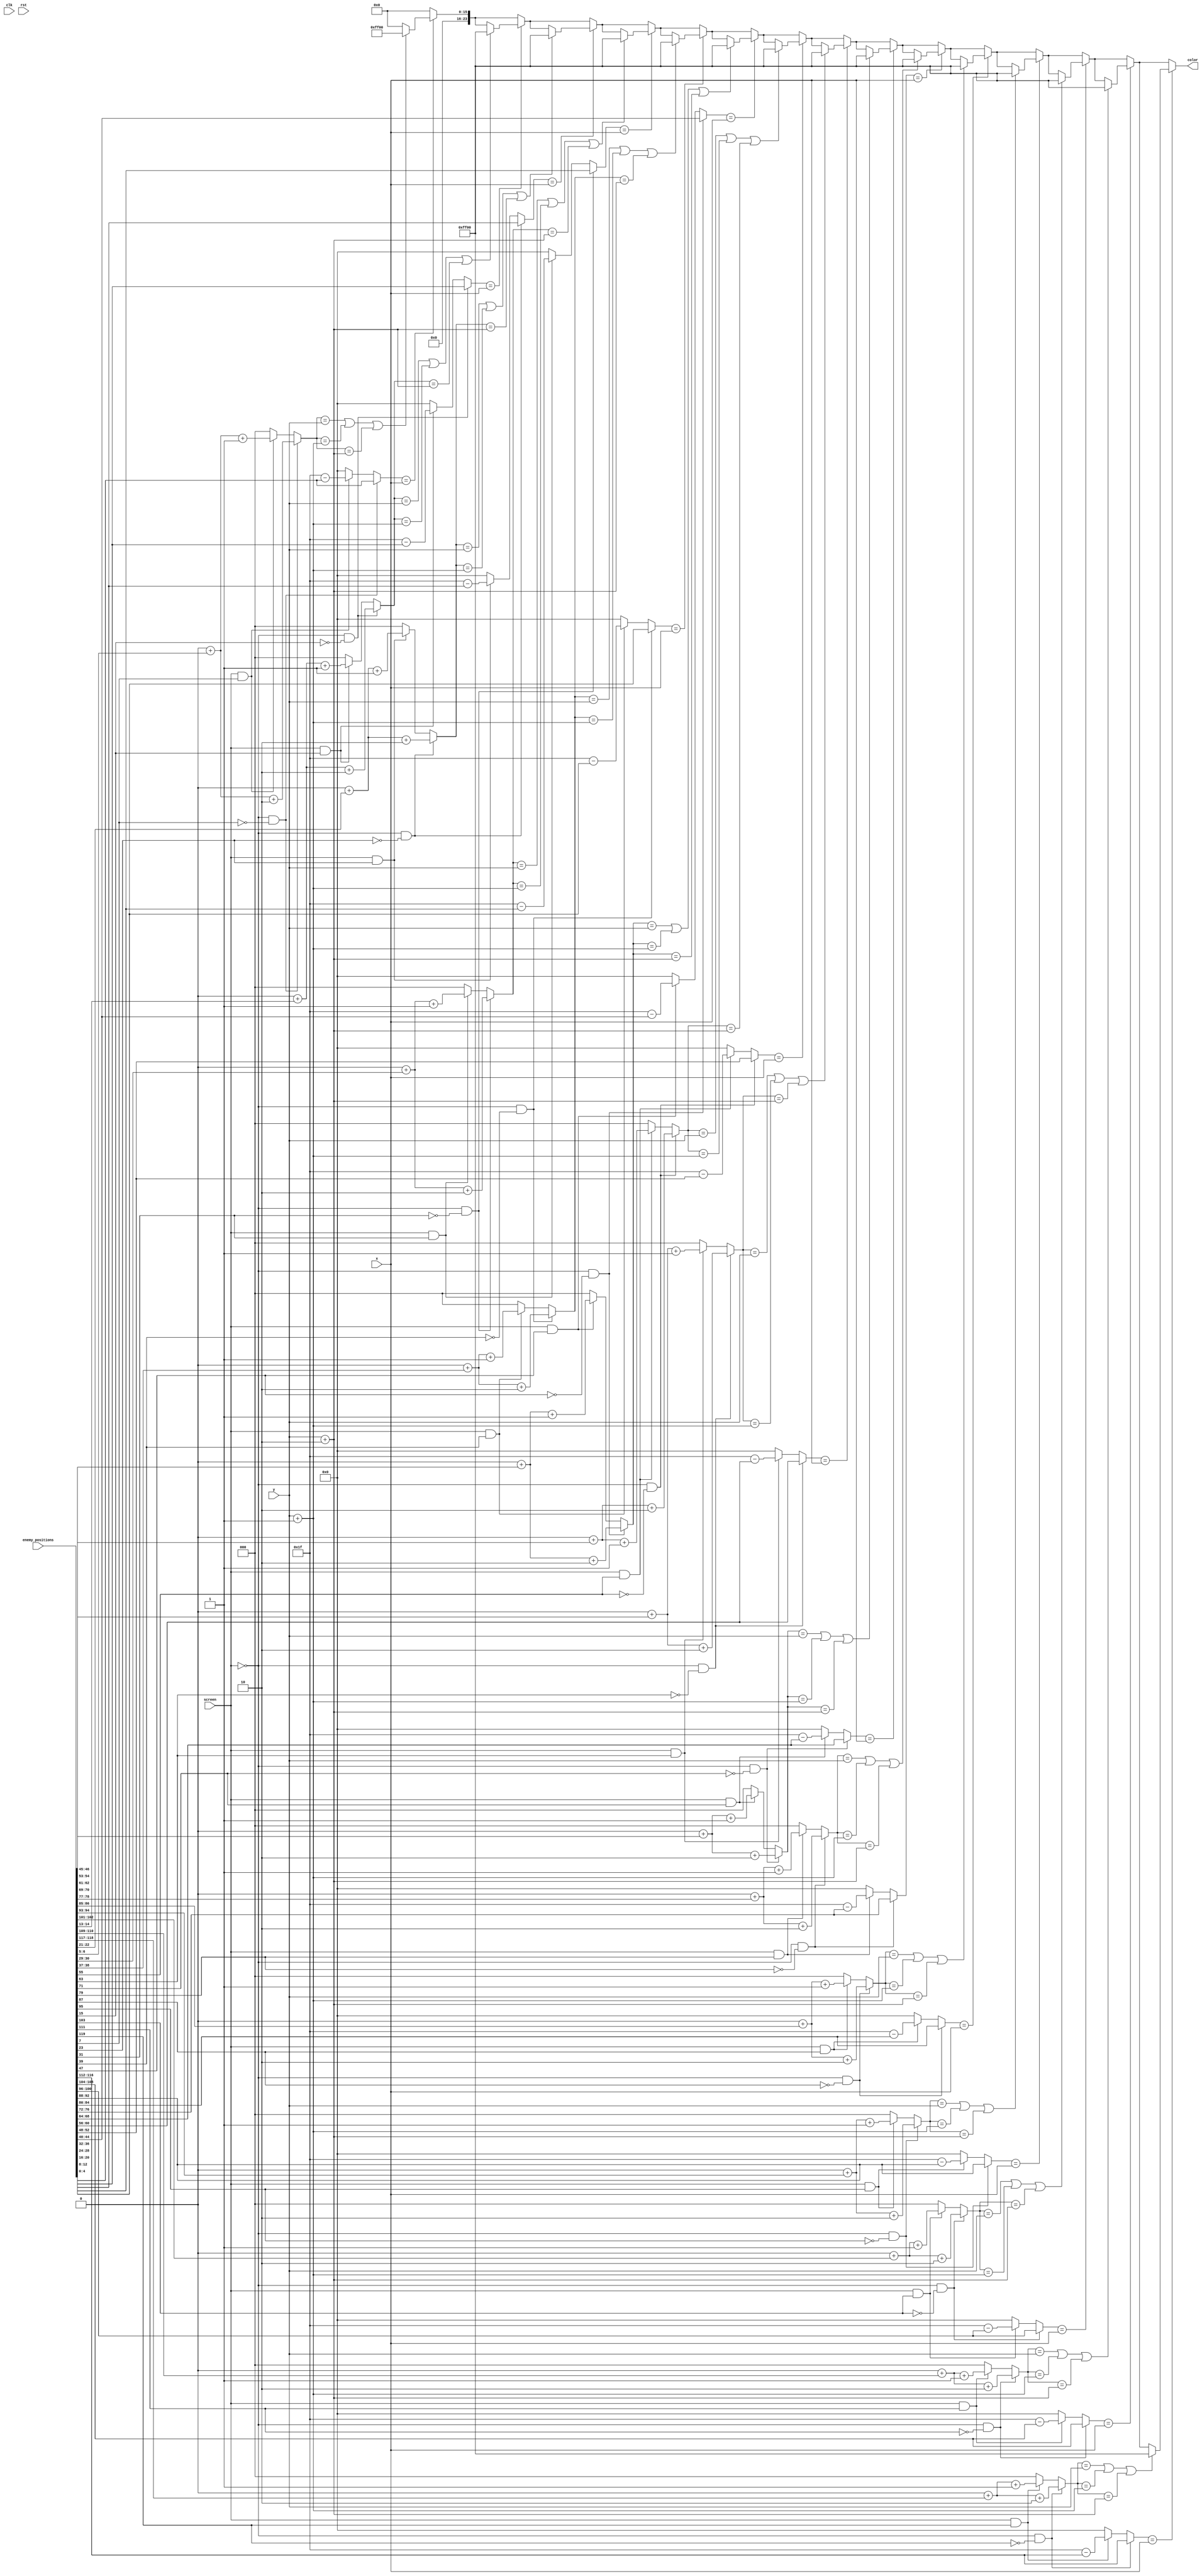
/*
   This file was generated automatically by Alchitry Labs version 1.2.7.
   Do not edit this file directly. Instead edit the original Lucid source.
   This is a temporary file and any changes made to it will be destroyed.
*/

module enemy_display_11 (
    input clk,
    input rst,
    input [247:0] enemy_positions,
    input [4:0] x,
    input [2:0] y,
    input screen,
    output reg [23:0] color
  );
  
  
  
  reg [4:0] enemy_x;
  reg [2:0] enemy_y;
  
  reg [7:0] enemy_position;
  
  reg [3:0] k;
  
  always @* begin
    color = 24'h000000;
    for (k = 1'h0; k < 4'hf; k = k + 1) begin
      enemy_position = enemy_positions[(k)*8+7-:8];
      if (screen == 1'h0 && enemy_position[7+0-:1] == 1'h0) begin
        enemy_y = 3'h0 + enemy_position[5+1-:2] + 2'h2;
        enemy_x = enemy_position[0+4-:5];
      end else begin
        if (screen == 1'h1 && enemy_position[7+0-:1] == 1'h1) begin
          enemy_y = 3'h0 + enemy_position[5+1-:2] + 1'h1;
          enemy_x = 5'h1f - enemy_position[0+4-:5];
        end else begin
          enemy_y = 8'h00;
          enemy_x = 8'h00;
        end
      end
      if (enemy_x == x) begin
        if (enemy_y == y || enemy_y == y + 1'h1 || enemy_y == y + 2'h2) begin
          color = 24'h00ff00;
        end
      end
    end
  end
endmodule